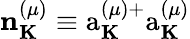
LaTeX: {\mathbf n}_{\mathbf K}^{(\mu)}\equiv\mathrm{a}_{\mathbf K}^{(\mu)+}\mathrm{a}_{\mathbf K}^{(\mu)}